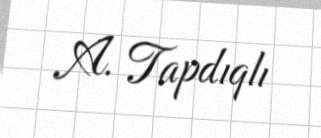
A. Tapdıqlı